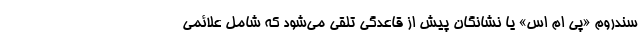
سندروم «پی ام اس» یا نشانگان پیش از قاعدگی تلقی می‌شود که شامل علائمی